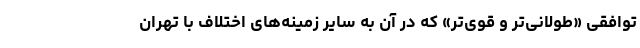
توافقی «طولانی‌تر و قوی‌تر» که در آن به سایر زمینه‌های اختلاف با تهران